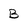
Character: B